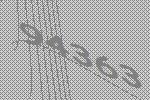
94363